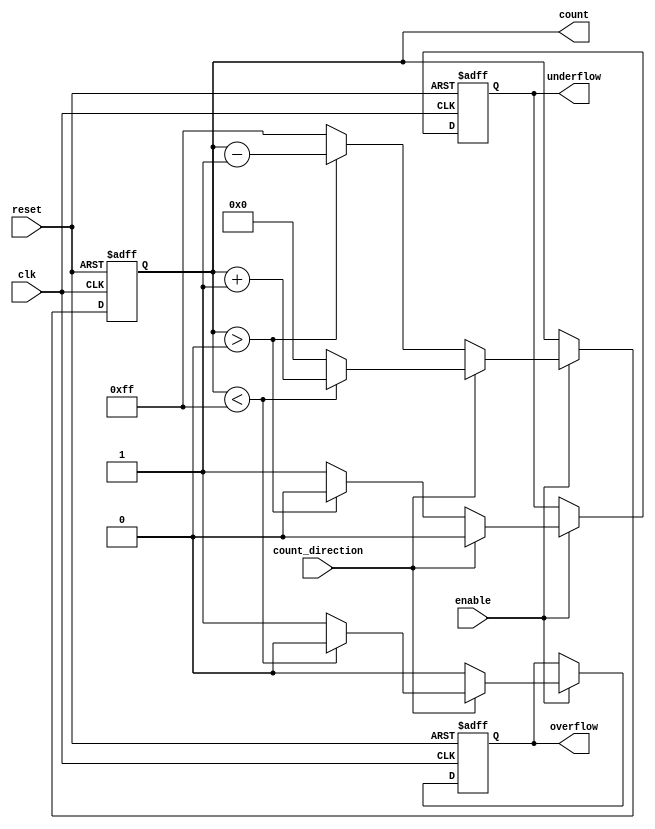
module MemoryBlocksBinaryCounter #(
    parameter WIDTH = 8 // Configurable bit width (e.g., 4, 8, etc.)
)(
    input wire clk,               // Clock input
    input wire reset,             // Synchronous reset
    input wire enable,            // Enable signal
    input wire count_direction,    // Count direction: 1 for up, 0 for down
    output reg [WIDTH-1:0] count, // Current count value
    output reg overflow,          // Overflow flag
    output reg underflow          // Underflow flag
);

    // Maximum and minimum values based on the width
    localparam MAX_COUNT = (1 << WIDTH) - 1; // 2^WIDTH - 1
    localparam MIN_COUNT = 0;

    // Always block for counting logic
    always @(posedge clk or posedge reset) begin
        if (reset) begin
            count <= MIN_COUNT; // Reset count to zero
            overflow <= 0;      // Clear overflow flag
            underflow <= 0;     // Clear underflow flag
        end else if (enable) begin
            if (count_direction) begin // Count up
                if (count < MAX_COUNT) begin
                    count <= count + 1;
                    overflow <= 0; // Clear overflow flag
                end else begin
                    count <= MIN_COUNT; // Wrap around
                    overflow <= 1;      // Set overflow flag
                end
                underflow <= 0; // Clear underflow flag
            end else begin // Count down
                if (count > MIN_COUNT) begin
                    count <= count - 1;
                    underflow <= 0; // Clear underflow flag
                end else begin
                    count <= MAX_COUNT; // Wrap around
                    underflow <= 1;      // Set underflow flag
                end
                overflow <= 0; // Clear overflow flag
            end
        end
    end

endmodule